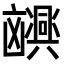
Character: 𫥮